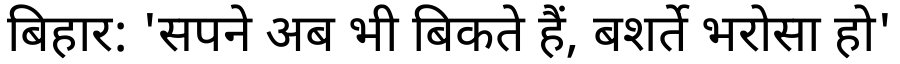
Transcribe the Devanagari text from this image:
बिहार: 'सपने अब भी बिकते हैं, बशर्ते भरोसा हो'